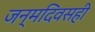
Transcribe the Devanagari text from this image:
जन्मदिवसही